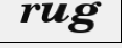
rug